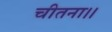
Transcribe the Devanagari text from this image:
चीतना।।